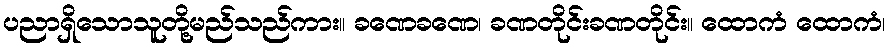
ပညာရှိသောသူတို့မည်သည်ကား။ ခဏေခဏေ၊ ခဏတိုင်းခဏတိုင်း။ ထောကံ ထောကံ၊